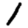
Digit: 1